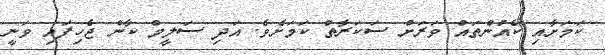
ކަމަށާއި ކެއުންތައް ވަރަށް ސަކަރާތް ކަމަށެވެ. އަދި ސަލީމް ކާން ޖެހިފައި ވަނީ